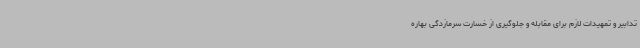
تدابیر و تمهیدات لازم برای مقابله و جلوگیری از خسارت سرمازدگی بهاره